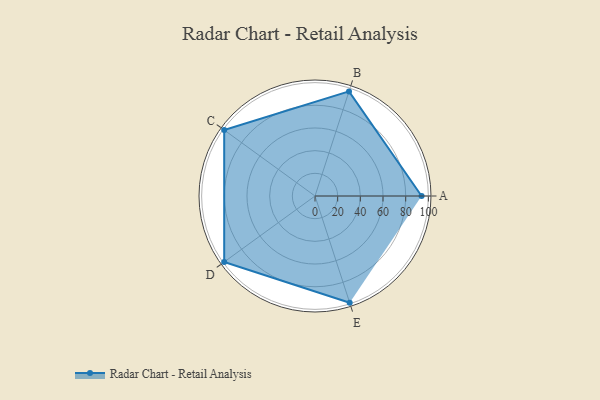
{"axis": {"x": "Skill", "y": "Score"}, "legend": ["Profile"], "data": [{"x": "A", "y": 94.0, "type": "Profile"}, {"x": "B", "y": 97.0, "type": "Profile"}, {"x": "C", "y": 99, "type": "Profile"}, {"x": "D", "y": 99, "type": "Profile"}, {"x": "E", "y": 99, "type": "Profile"}]}